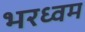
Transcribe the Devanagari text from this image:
भरध्वम